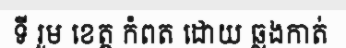
ទី រួម ខេត្ត កំពត ដោយ ឆ្លងកាត់